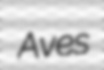
Aves